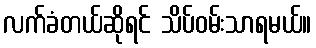
လက်ခံတယ်ဆိုရင် သိပ်ဝမ်းသာရမယ်။